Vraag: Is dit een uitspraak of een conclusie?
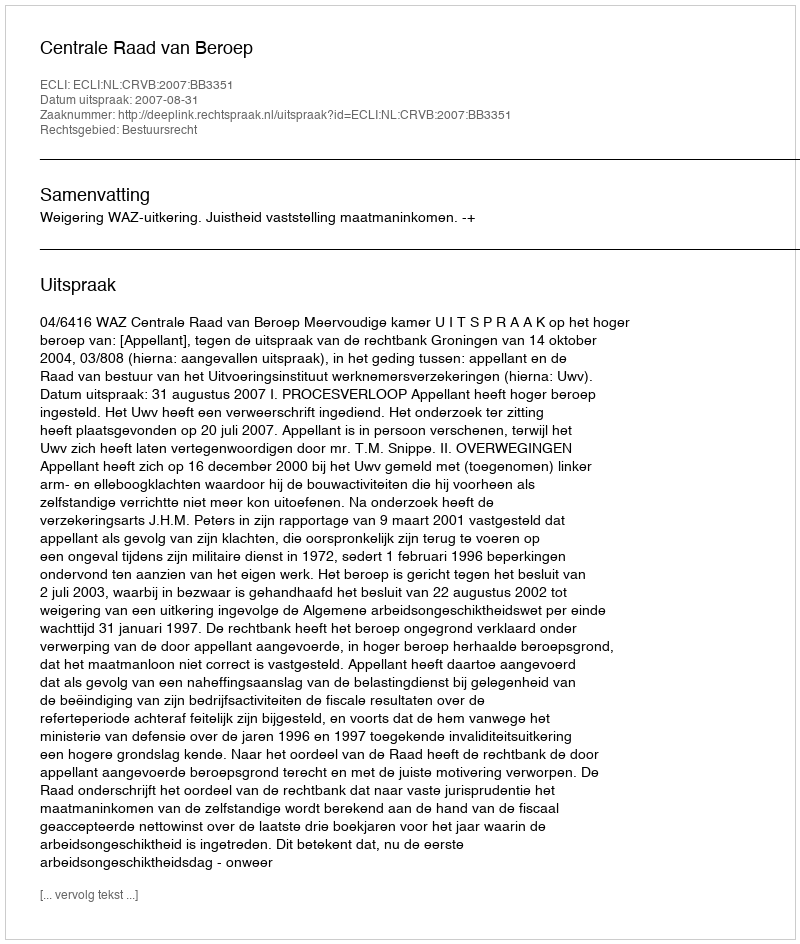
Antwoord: Uitspraak